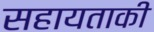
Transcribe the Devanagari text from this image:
सहायताकी